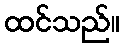
ထင်သည်။